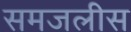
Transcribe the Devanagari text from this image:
समजलीस